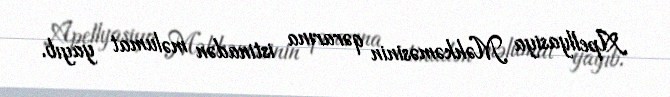
Apellyasiya Məhkəməsinin qərarına istinadən məlumat yayıb.